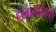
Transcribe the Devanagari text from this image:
हख़ामनियों